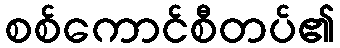
စစ်ကောင်စီတပ်၏